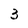
Character: 3